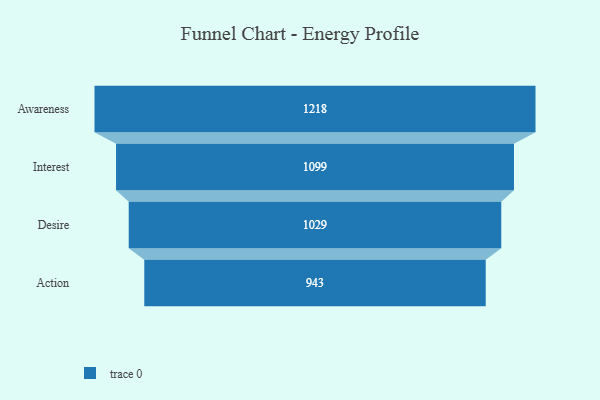
{"axis": {"x": "Stage", "y": "Value"}, "legend": [""], "data": [{"x": "Awareness", "y": 1218.0, "type": ""}, {"x": "Interest", "y": 1099.0, "type": ""}, {"x": "Desire", "y": 1029.0, "type": ""}, {"x": "Action", "y": 943.0, "type": ""}]}